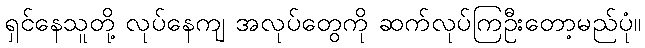
ရှင်နေသူတို့ လုပ်နေကျ အလုပ်တွေကို ဆက်လုပ်ကြဦးတော့မည်ပုံ။